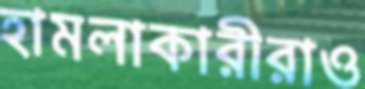
হামলাকারীরাও